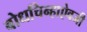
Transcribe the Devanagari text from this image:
बोधचिन्हाऐवजी